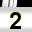
Digit: 2